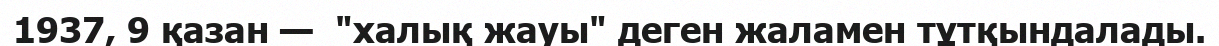
1937, 9 қазан —  "халық жауы" деген жаламен тұтқындалады.